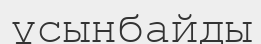
ұсынбайды